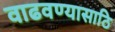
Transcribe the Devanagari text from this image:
वाढवण्यासाठि